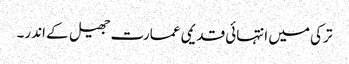
ترکی میں انتہائی قدیمی عمارت جھیل کے اندر۔